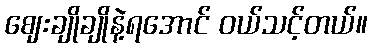
ဈေးချိုချိုနဲ့ရအောင် ဝယ်သင့်တယ်။